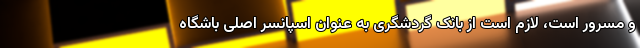
و مسرور است، لازم است از بانک گردشگری به عنوان اسپانسر اصلی باشگاه